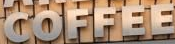
COFFEE